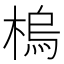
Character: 㮧